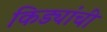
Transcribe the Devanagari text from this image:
किड्यांची